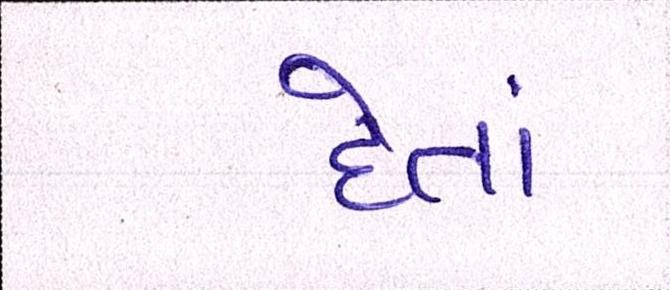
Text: દેતાં